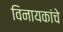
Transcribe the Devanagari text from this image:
विनायकांचे